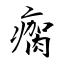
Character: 瘸